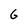
Character: G